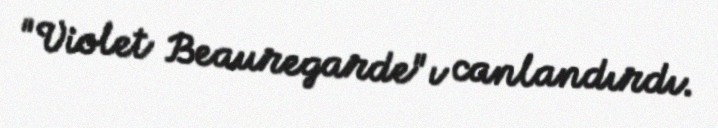
"Violet Beauregarde"ı canlandırdı.